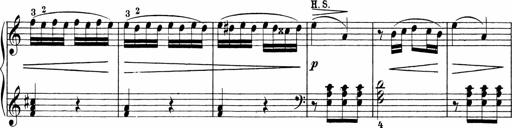
Title: Sonatinen Op.47, 98 und 136, nebst 6 Liedersonatinen
Composer: Carl Reinecke